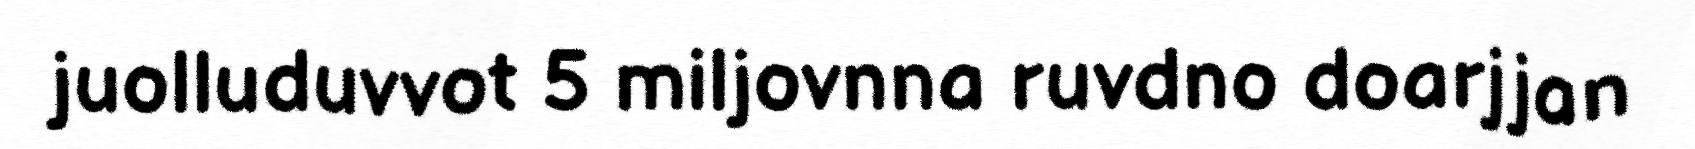
juolluduvvot 5 miljovnna ruvdno doarjjan